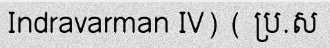
Indravarman IV) ( ប្រ.ស